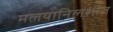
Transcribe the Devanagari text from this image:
मलयानिलशीत